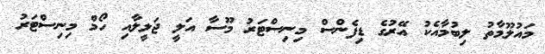
މައުލޫމާތު ލިބުމާއެކު އޭރުގެ ޑިފެންސް މިނިސްޓަރު މޫސާ އަލީ ޖަލީލާއި ހޯމް މިނިސްޓަރު